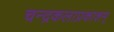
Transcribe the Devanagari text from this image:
चन्द्रकलाप्रकाशम्